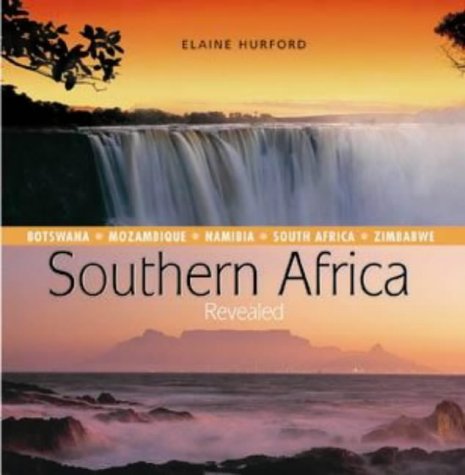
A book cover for Southern Africa Revealed : Botswana, Mozambique, Namibia, South Africa and Zimbabwe; Elaine Hurford; Travel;